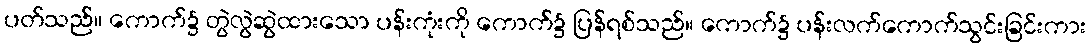
ပတ်သည်။ ကောက်၌ တွဲလွဲဆွဲထားသော ပန်းကုံးကို ကောက်၌ ပြန်ရစ်သည်။ ကောက်၌ ပန်းလက်ကောက်သွင်းခြင်းကား